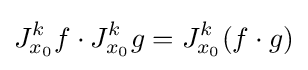
J_{x_{0}}^{k}f\cdot J_{x_{0}}^{k}g=J_{x_{0}}^{k}(f\cdot g)